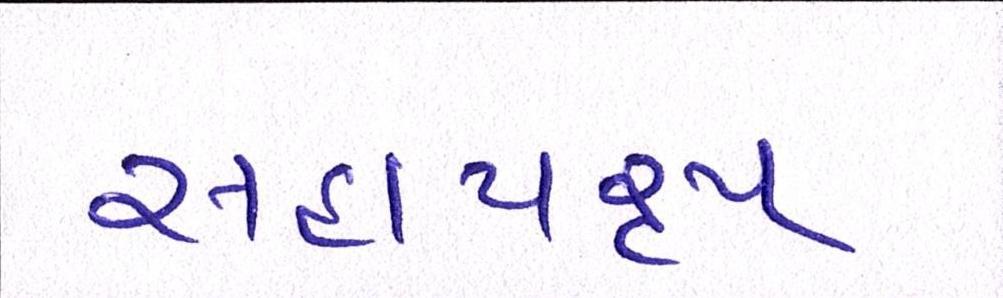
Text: સહાયરૃપ